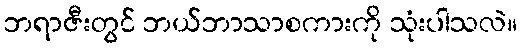
ဘရာဇီးတွင် ဘယ်ဘာသာစကားကို သုံးပါသလဲ။